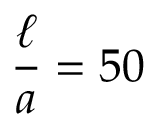
\frac { \ell } { a } = 5 0